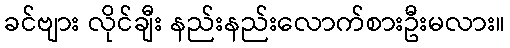
ခင်ဗျား လိုင်ချီး နည်းနည်းလောက်စားဦးမလား။